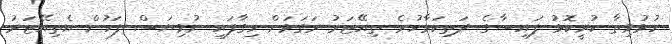
ހުޅުވިތާ ކުރީކޮޅު ފައިސާގެ ދަތިކަމާހުރެ ތިއޭޓަރު ރަގަޅަށް ހިގާފައި ނުވިޔަސް ފަހުން އެތިއޭޓަރު